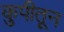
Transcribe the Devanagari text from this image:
कुपीतून